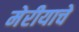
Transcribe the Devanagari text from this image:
मेरीयाचे